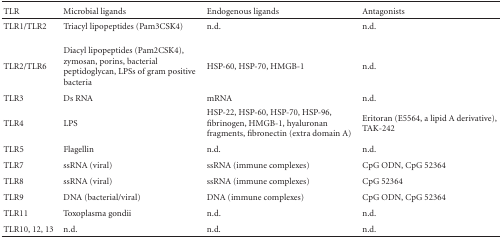
<table><thead><tr><td><b>TLR</b></td><td><b>Microbial ligands</b></td><td><b>Endogenous ligands</b></td><td><b>Antagonists</b></td></tr></thead><tbody><tr><td>TLR1/TLR2</td><td>Triacyl lipopeptides (Pam3CSK4) </td><td>n.d. </td><td>n.d.</td></tr><tr><td>TLR2/TLR6</td><td>Diacyl lipopeptides (Pam2CSK4), zymosan, porins, bacterial peptidoglycan, LPSs of gram positive bacteria</td><td>HSP-60, HSP-70, HMGB-1</td><td>n.d.</td></tr><tr><td>TLR3</td><td>Ds RNA</td><td>mRNA</td><td>n.d.</td></tr><tr><td>TLR4</td><td>LPS</td><td>HSP-22, HSP-60, HSP-70, HSP-96, fibrinogen, HMGB-1, hyaluronan fragments, fibronectin (extra domain A)</td><td>Eritoran (E5564, a lipid A derivative), TAK-242</td></tr><tr><td>TLR5</td><td>Flagellin</td><td>n.d.</td><td>n.d.</td></tr><tr><td>TLR7</td><td>ssRNA (viral)</td><td>ssRNA (immune complexes)</td><td>CpG ODN, CpG 52364</td></tr><tr><td>TLR8</td><td>ssRNA (viral)</td><td>ssRNA (immune complexes)</td><td>CpG 52364</td></tr><tr><td>TLR9</td><td>DNA (bacterial/viral)</td><td>DNA (immune complexes)</td><td>CpG ODN, CpG 52364</td></tr><tr><td>TLR11</td><td>Toxoplasma gondii</td><td>n.d.</td><td>n.d.</td></tr><tr><td>TLR10, 12, 13</td><td>n.d.</td><td>n.d.</td><td>n.d.</td></tr></tbody></table>